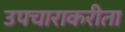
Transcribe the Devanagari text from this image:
उपचाराकरीता